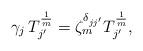
LaTeX: \begin{align*} \gamma_j \, T_{j'}^{\frac{1}{m}} = \zeta_m^{\delta_{jj'}} T_{j'}^{\frac{1}{m}},\end{align*}